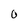
Character: 0